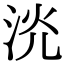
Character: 𣴕